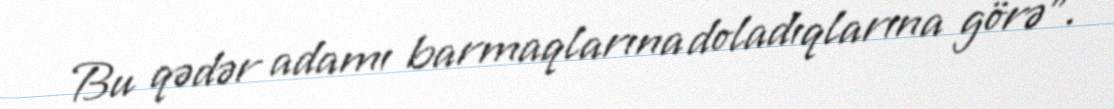
Bu qədər adamı barmaqlarına doladıqlarına görə”.